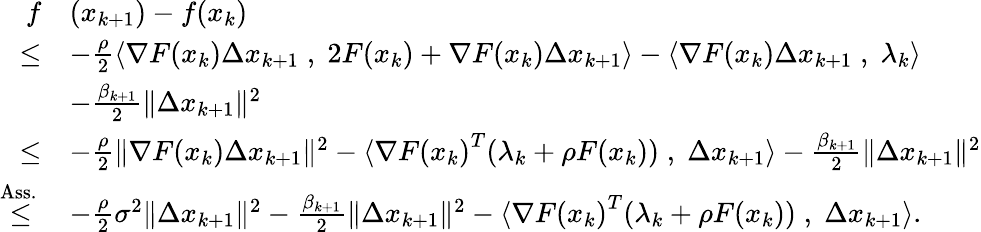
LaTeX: \begin{array}{rl}{f}&{(x_{k+1})-f(x_{k})}\\ {\leq}&{-\frac{\rho}{2}\langle\nabla F(x_{k})\Delta x_{k+1}\; ,\; 2F(x_{k})+\nabla F(x_{k})\Delta x_{k+1}\rangle-\langle\nabla F(x_{k})\Delta x_{k+1}\; ,\; \lambda_{k}\rangle}\\ &{-\frac{\beta_{k+1}}{2}\| \Delta x_{k+1}\| ^{2}}\\ {\leq}&{-\frac{\rho}{2}\| \nabla F(x_{k})\Delta x_{k+1}\| ^{2}-\langle{\nabla F(x_{k})}^{T}(\lambda_{k}+\rho F(x_{k}))\; ,\; \Delta x_{k+1}\rangle-\frac{\beta_{k+1}}{2}\| \Delta x_{k+1}\| ^{2}}\\ {{\overset{{\mathrm{Ass.~}}}{\leq}}}&{-\frac{\rho}{2}\sigma^{2}\| \Delta x_{k+1}\| ^{2}-\frac{\beta_{k+1}}{2}\| \Delta x_{k+1}\| ^{2}-\langle{\nabla F(x_{k})}^{T}(\lambda_{k}+\rho F(x_{k}))\; ,\; \Delta x_{k+1}\rangle.}\end{array}